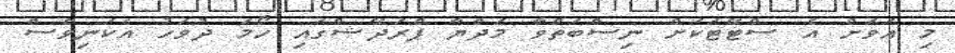
މި އަވަށް އެ ސްޓޭޓަކަށް ނިސްބަތްވާ މަދްޔާ ޕްރަދޭޝްގައި ހޯމަ ދުވަހު އެކަނިވެސް